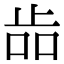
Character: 𣥧